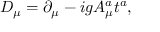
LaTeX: D _ { \mu } = \partial _ { \mu } - i g A _ { \mu } ^ { a } t ^ { a } ,